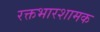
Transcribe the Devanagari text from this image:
रक्तभारशामक